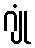
ဂျုံ